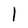
Character: 1